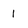
Character: 1